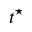
t ^ { \star }